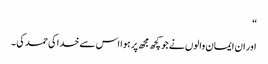
“
اور ان ایمان والوں نے جو کچھ مجھ پر ہوا اس سے خدا کی حمد کی ۔